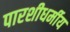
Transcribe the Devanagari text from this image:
पारशीधर्मीय